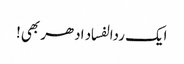
ایک ردالفساد ادھر بھی!